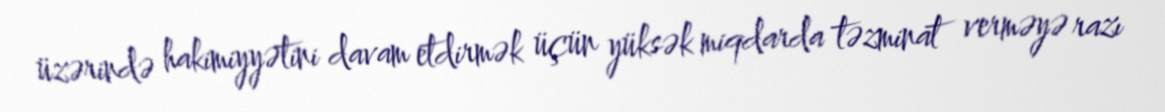
üzərində hakimiyyətini davam etdirmək üçün yüksək miqdarda təzminat verməyə razı